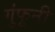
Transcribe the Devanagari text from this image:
गुंफूनी